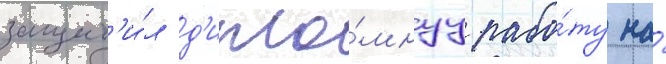
защит'и́л д'ипло́мнуу рабо́ту на́